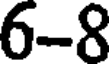
6-8